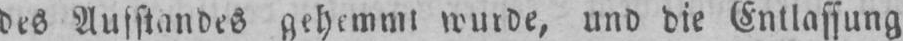
des Ausstandes gehemmt wurde, und die Entlassung